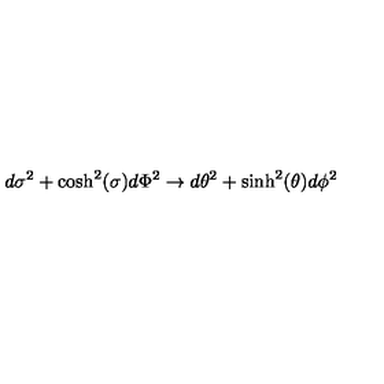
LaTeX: d \sigma ^ { 2 } + \cosh ^ { 2 } ( \sigma ) d \Phi ^ { 2 } \to d \theta ^ { 2 } + \sinh ^ { 2 } ( \theta ) d \phi ^ { 2 }